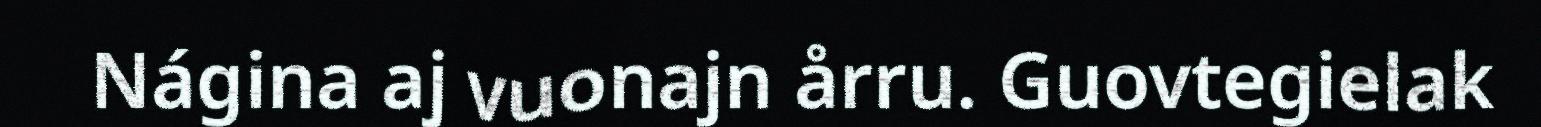
Nágina aj vuonajn årru. Guovtegielak